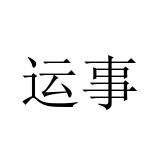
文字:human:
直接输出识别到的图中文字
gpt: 运事